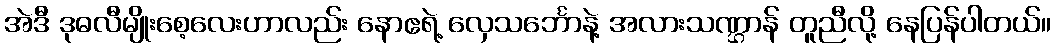
အဲဒီ ဒုဓလီမျိုးစေ့လေးဟာလည်း နောဧရဲ့ လှေသင်္ဘောနဲ့ အလားသဏ္ဌာန် တူညီလို့ နေပြန်ပါတယ်။